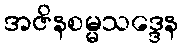
အဇိနစမ္မသဒ္ဒေန